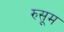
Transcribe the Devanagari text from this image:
रुसूम